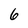
Character: 6